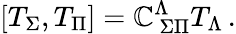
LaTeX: \left[T_{\Sigma},T_{\Pi}\right]=\mathbb{C}_{\ \Sigma\Pi}^{\Lambda}T_{\Lambda}\, .